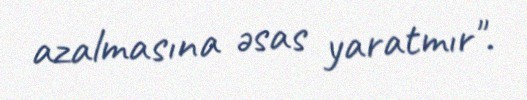
azalmasına əsas yaratmır".